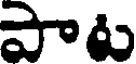
పాట